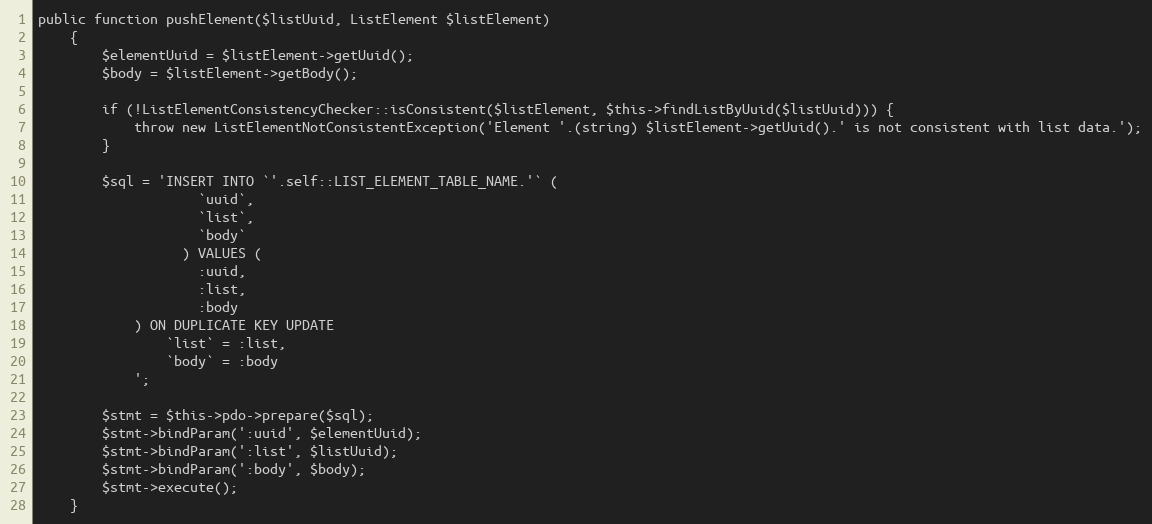
Language: PHP
public function pushElement($listUuid, ListElement $listElement)
    {
        $elementUuid = $listElement->getUuid();
        $body = $listElement->getBody();

        if (!ListElementConsistencyChecker::isConsistent($listElement, $this->findListByUuid($listUuid))) {
            throw new ListElementNotConsistentException('Element '.(string) $listElement->getUuid().' is not consistent with list data.');
        }

        $sql = 'INSERT INTO `'.self::LIST_ELEMENT_TABLE_NAME.'` (
                    `uuid`,
                    `list`,
                    `body`
                  ) VALUES (
                    :uuid,
                    :list,
                    :body
            ) ON DUPLICATE KEY UPDATE
                `list` = :list,
                `body` = :body
            ';

        $stmt = $this->pdo->prepare($sql);
        $stmt->bindParam(':uuid', $elementUuid);
        $stmt->bindParam(':list', $listUuid);
        $stmt->bindParam(':body', $body);
        $stmt->execute();
    }